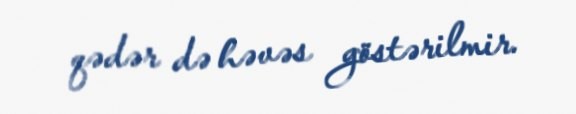
qədər də həvəs göstərilmir.